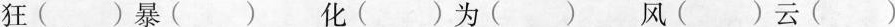
狂()暴() 化()为() 风()云()